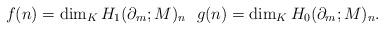
LaTeX: \begin{align*}f(n) = \dim_K H_1(\partial_m; M)_n \ \ g(n) = \dim_K H_0(\partial_m; M)_n. \end{align*}